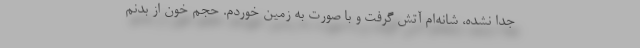
جدا نشده، شانه‌ام آتش گرفت و با صورت به زمین خوردم. حجم خون از بدنم